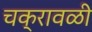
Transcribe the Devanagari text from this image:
चक्रावळी